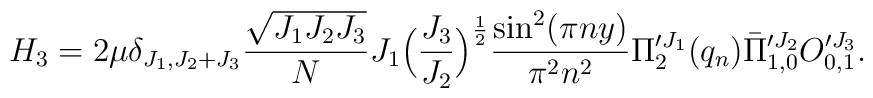
H_3=2\mu\delta_{J_1,J_2+J_3}{\sqrt{J_1 J_2 J_3}\over N}J_1\Big({J_3\over J_2}\Big)^{1\over 2}{\sin^2(\pi ny)\over\pi^2 n^2}\Pi^{\prime J_1}_{2}(q_n)\bar{\Pi}^{\prime J_2}_{1,0}O^{\prime J_3}_{0,1}.